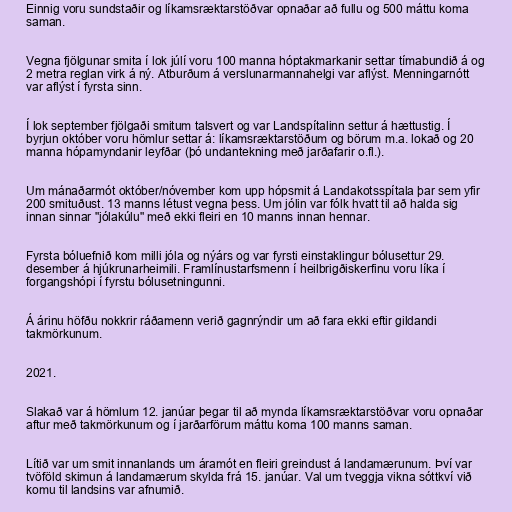
Einnig voru sundstaðir og líkamsræktarstöðvar opnaðar að fullu og 500 máttu koma
saman.

Vegna fjölgunar smita í lok júlí voru 100 manna hóptakmarkanir settar tímabundið á og
2 metra reglan virk á ný. Atburðum á verslunarmannahelgi var aflýst. Menningarnótt
var aflýst í fyrsta sinn.

Í lok september fjölgaði smitum talsvert og var Landspítalinn settur á hættustig. Í
byrjun október voru hömlur settar á: líkamsræktarstöðum og börum m.a. lokað og 20
manna hópamyndanir leyfðar (þó undantekning með jarðafarir o.fl.).

Um mánaðarmót október/nóvember kom upp hópsmit á Landakotsspítala þar sem yfir
200 smituðust. 13 manns létust vegna þess. Um jólin var fólk hvatt til að halda sig
innan sinnar "jólakúlu" með ekki fleiri en 10 manns innan hennar.

Fyrsta bóluefnið kom milli jóla og nýárs og var fyrsti einstaklingur bólusettur 29.
desember á hjúkrunarheimili. Framlínustarfsmenn í heilbrigðiskerfinu voru líka í
forgangshópi í fyrstu bólusetningunni.

Á árinu höfðu nokkrir ráðamenn verið gagnrýndir um að fara ekki eftir gildandi
takmörkunum.

2021.

Slakað var á hömlum 12. janúar þegar til að mynda líkamsræktarstöðvar voru opnaðar
aftur með takmörkunum og í jarðarförum máttu koma 100 manns saman.

Lítið var um smit innanlands um áramót en fleiri greindust á landamærunum. Því var
tvöföld skimun á landamærum skylda frá 15. janúar. Val um tveggja vikna sóttkví við
komu til landsins var afnumið.